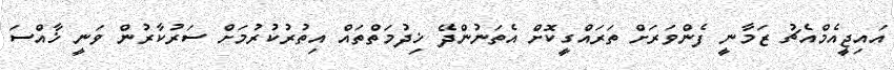
އައިޖީއެމްއެޗު ޒަމާނީ ފެންވަރަށް ތަރައްގީކޮށް އެތަނުންދޭ ޚިދުމަތްތައް އިތުރުކުރުމަށް ސަރުކާރުން ވަނީ ޚާއްސަ